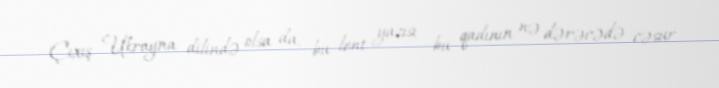
Çıxış Ukrayna dilində olsa da, bu lent yazısı bu qadının nə dərəcədə cəsur